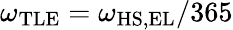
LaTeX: \omega_{\mathrm{TLE}}=\omega_{\mathrm{HS,EL}}/365